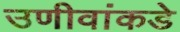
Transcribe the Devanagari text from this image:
उणीवांकडे